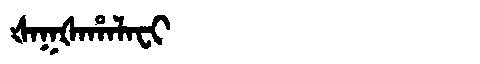
Manchu: ᡧᠠᡴᡧᠠᡥᠠᠯᠠᠸᡳ
Romanization: ŠAKŠAHALAFI